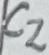
Text: C2